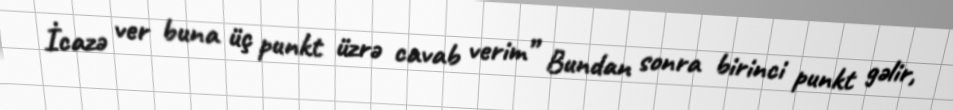
İcazə ver buna üç punkt üzrə cavab verim” Bundan sonra birinci punkt gəlir,